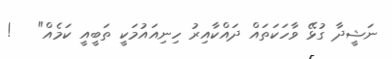
ނަޝީދާ ގުޅޭ ވާހަކަތައް ދައްކާއިރު ހިނިއައުމަކީ ތަބީއީ ކަމެއް"   !